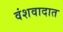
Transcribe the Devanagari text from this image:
वंशवादात